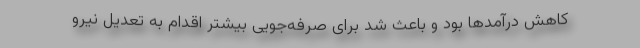
کاهش درآمدها بود و باعث شد برای صرفه‌جویی بیشتر اقدام به تعدیل نیرو